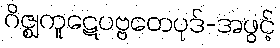
ဂိဇ္ဈကူဋေပဗ္ဗတေပုဒ်-အဖွင့်